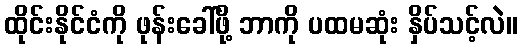
ထိုင်းနိုင်ငံကို ဖုန်းခေါ်ဖို့ ဘာကို ပထမဆုံး နှိပ်သင့်လဲ။